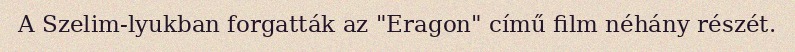
A Szelim-lyukban forgatták az "Eragon" című film néhány részét.